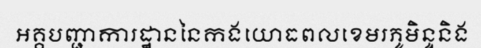
អគ្គបញ្ជាការដ្ឋាននៃកងយោធពលខេមរភូមិន្ទនិង